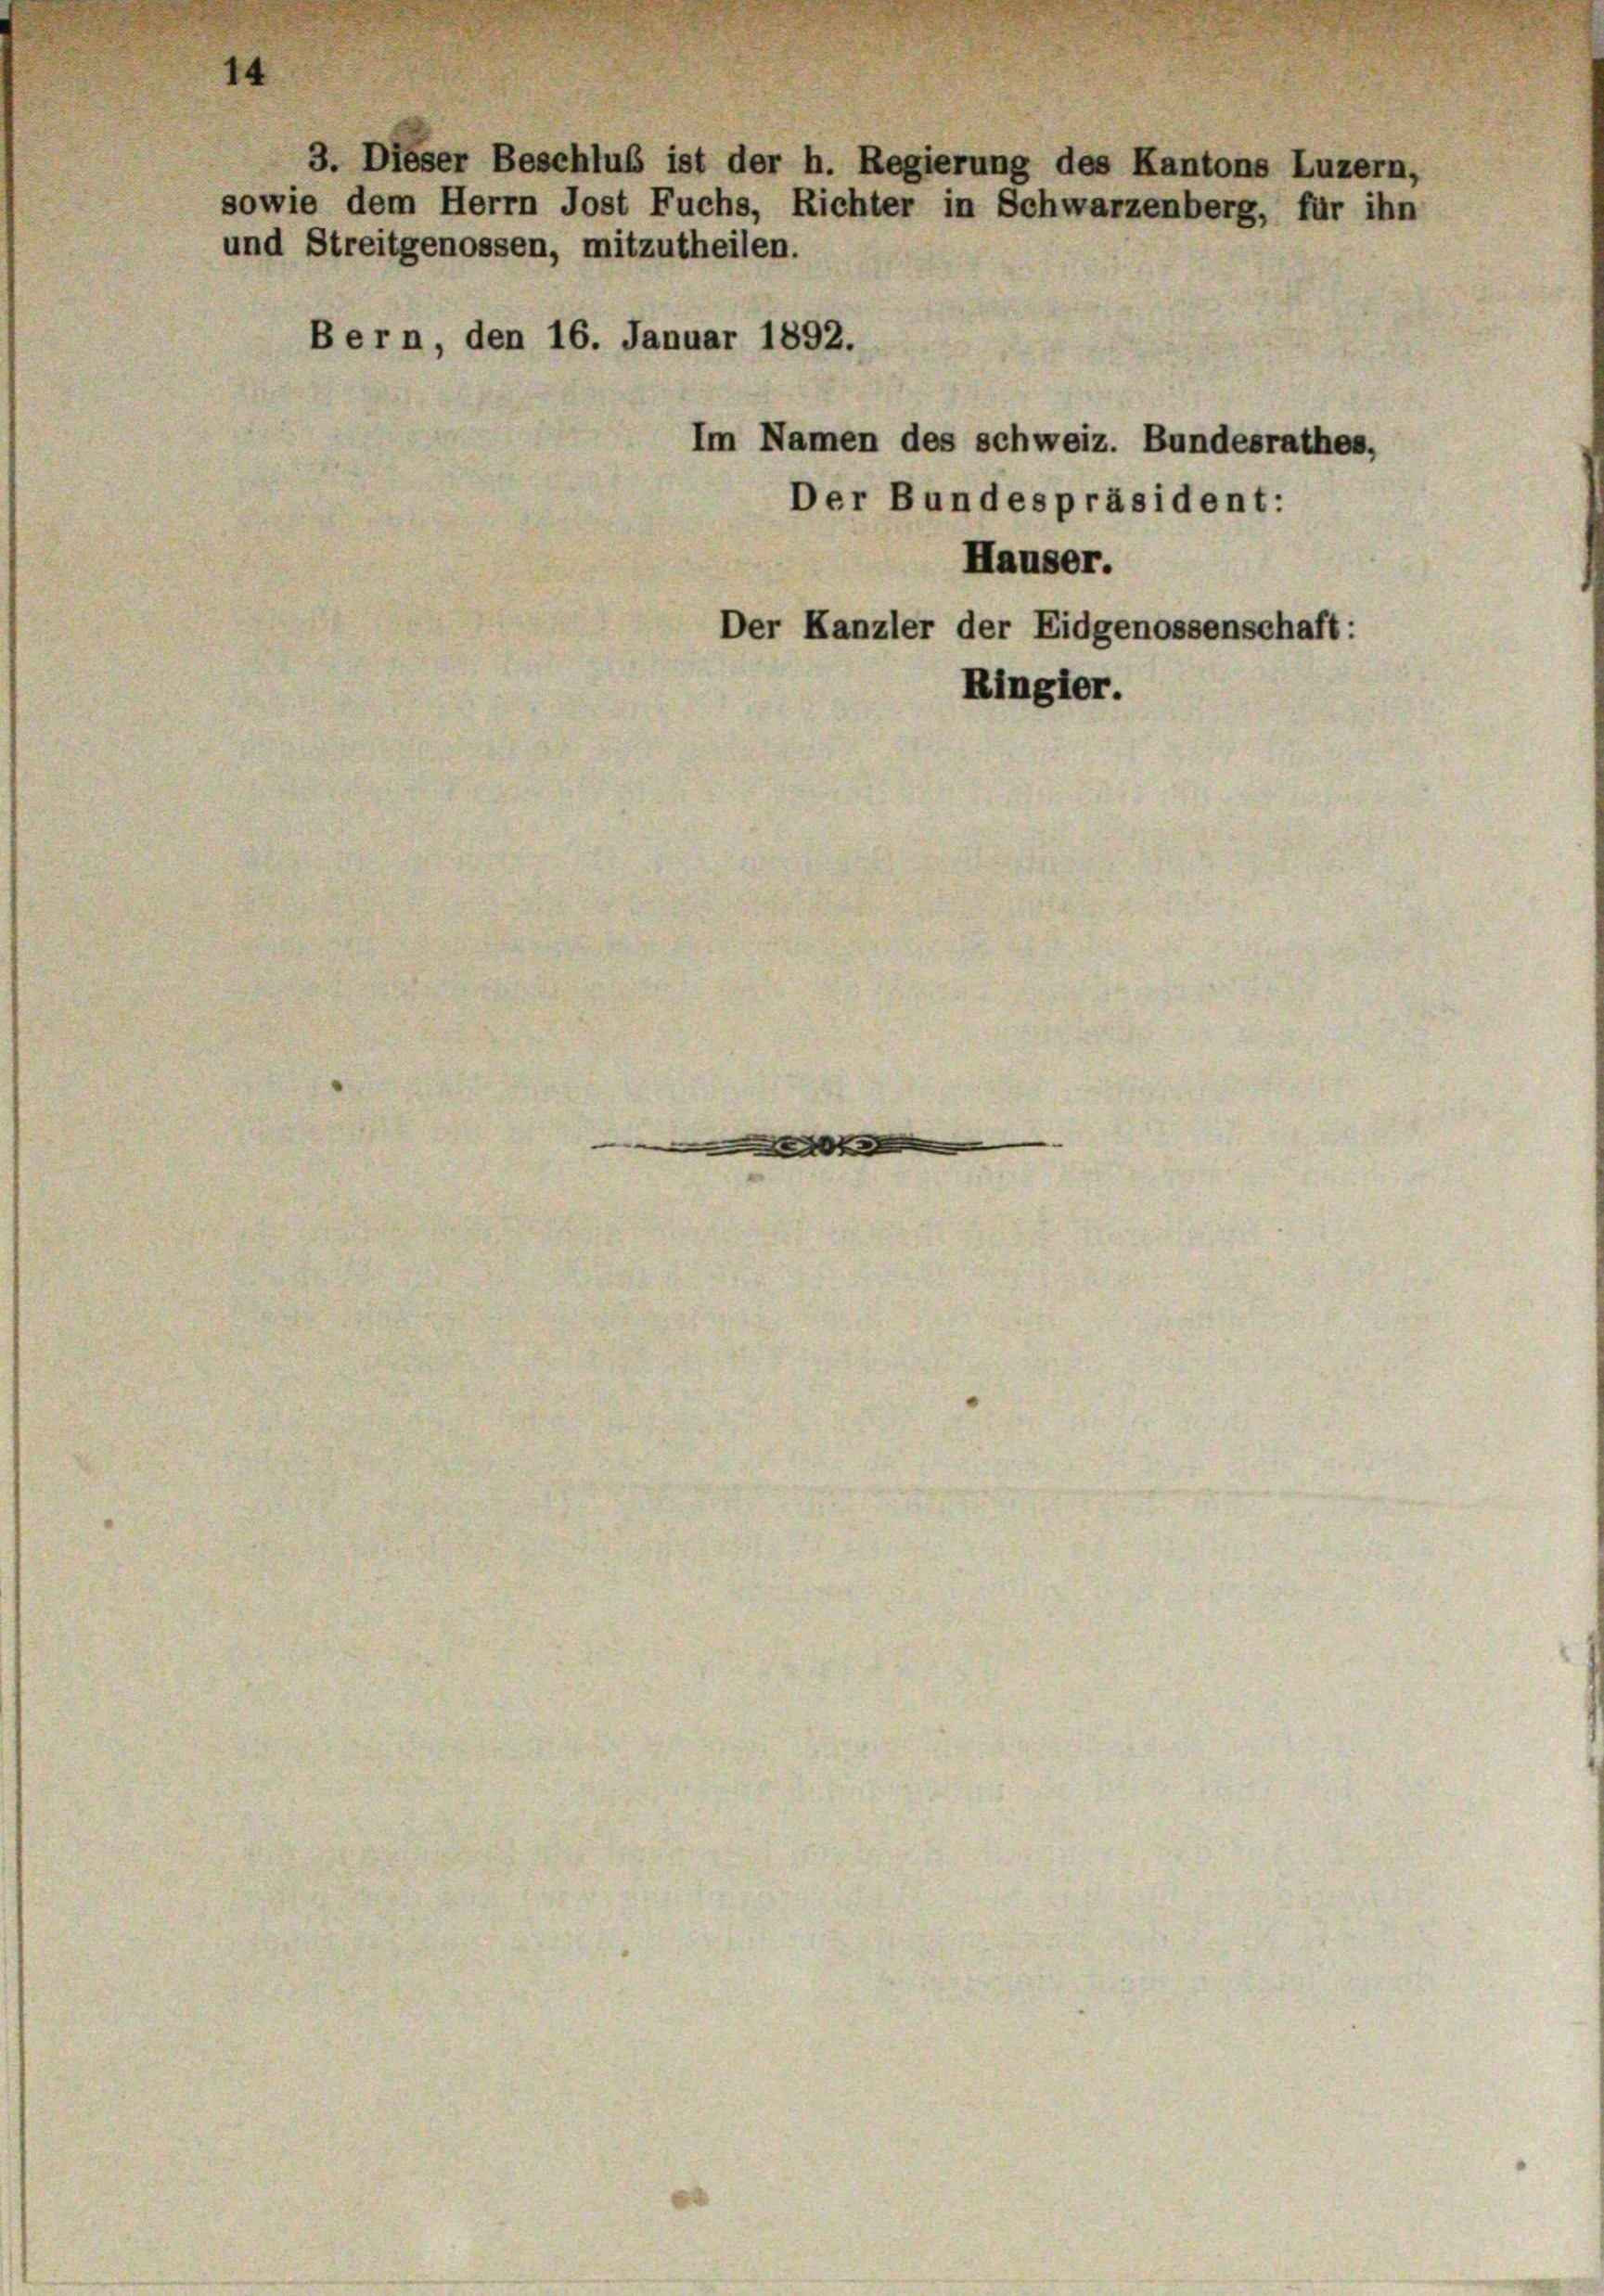
14

und Streitgenossen, mitzutheilen.

Bern, den 16. Januar 1892.

3. Dieser Beschluß ist der h. Regierung des Kantons Luzern,
sowie dem Herrn Jost Fuchs, Richter in Schwarzenberg, für ihn

Im Namen des schweiz. Bundesrathes,
Der Bundespräsident:
Hauser.
Der Kanzler der Eidgenossenschaft:
Ringler.

e